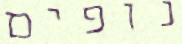
נופים